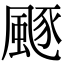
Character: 𩗛